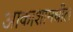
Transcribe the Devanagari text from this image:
आकाशामधील